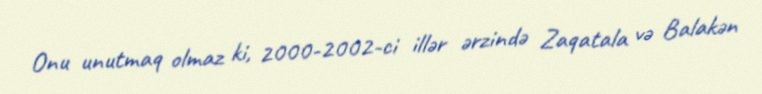
Onu unutmaq olmaz ki, 2000-2002-ci illər ərzində Zaqatala və Balakən